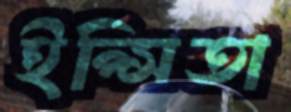
ইপ্সিতা